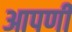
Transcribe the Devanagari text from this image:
आपणी